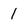
Character: 1